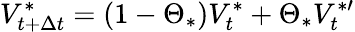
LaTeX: V_{t+\Delta{t}}^{\ast}=(1-\Theta_{\ast})V_{t}^{\ast}+\Theta_{\ast}V_{t}^{\ast\prime}